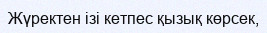
Жүректен ізі кетпес қызық көрсек,